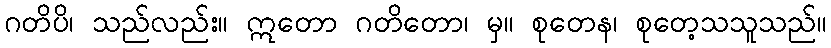
ဂတိပိ၊ သည်လည်း။ ဣတော ဂတိတော၊ မှ။ စုတေန၊ စုတေ့သသူသည်။